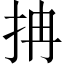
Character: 抩